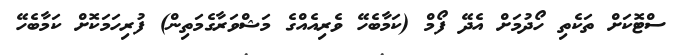
ސްޓޮކަށް ތަކެތި ހޯދުމަށް އެދޭ ފޯމް (ކަމާބެހޭ ވެރިއެއްގެ މަޝްވަރާގެމަތިން) ފުރިހަމަކޮށް ކަމާބެހޭ